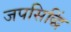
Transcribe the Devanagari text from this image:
जपसिद्धिं